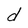
Character: d